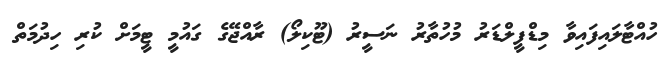
ހުއްޓާލައިފައިވާ މިޑްފީލްޑަރު މުހުތާރު ނަސީރު (ޓޫކިލޯ) ރާއްޖޭގެ ގައުމީ ޓީމަށް ކުރި ހިދުމަތް